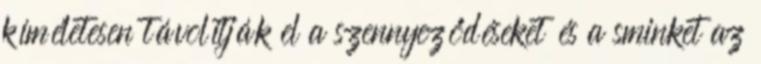
kíméletesen távolítják el a szennyeződéseket és a sminket az